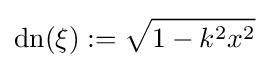
\operatorname {dn} (\xi ):={\sqrt {1-k^{2}x^{2}}}